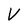
Character: V